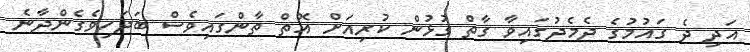
އަދި ދެ ގައުމުގެ ދެމެދުގައިވާ ގާތް ގުޅުން ކުރިއަށް އޮތް ތާންގައިވެސް ބަދަހިވެގެންދާނެ